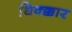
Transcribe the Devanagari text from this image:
धिक्क्कार